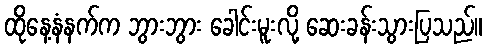
ထိုနေ့နံနက်က ဘွားဘွား ခေါင်းမူးလို့ ဆေးခန်းသွားပြသည်။